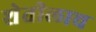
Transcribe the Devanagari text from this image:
शेतीलाच